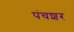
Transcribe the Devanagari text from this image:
पंचशर